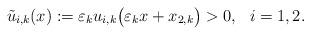
LaTeX: \begin{align*}\tilde u_{i,k}(x):=\varepsilon_ku_{i,k}\big(\varepsilon_kx+x_{2,k}\big)>0,\ \ i=1,2.\end{align*}